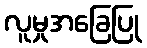
လူမှုအခြေပြု